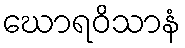
ဃောရဝိသာနံ